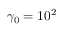
\gamma _ { 0 } = 1 0 ^ { 2 }